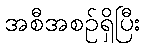
အစီအစဉ်ရှိပြီး